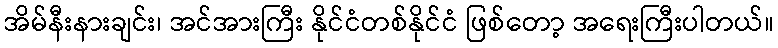
အိမ်နီးနားချင်း၊ အင်အားကြီး နိုင်ငံတစ်နိုင်ငံ ဖြစ်တော့ အရေးကြီးပါတယ်။